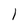
Character: l